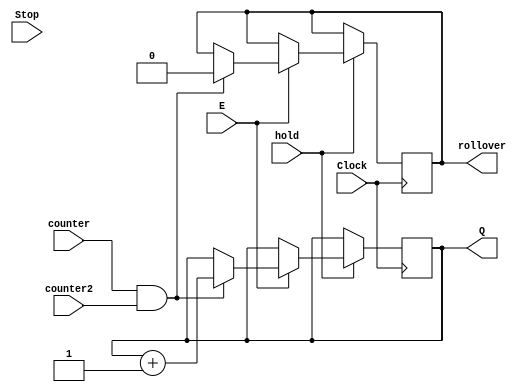
// 1st counter for seconds
module smaller_counter_seg3 (Clock, Stop, counter, counter2, E, Q, rollover, hold);
parameter n = 4;
parameter k = 20;

input E, Clock, Stop, counter, counter2, hold;

output [n-1:0] Q;
output rollover;

reg [n-1:0] Q;
reg rollover;

always @(posedge Clock) begin
	//if KEY0 is pressed, stop counter
	if (hold == 0) begin
		Q <= Q;
		//rollover <= 0;
	end
	else if (E == 1) begin
		// if HEX1 and HEX0 reaches 9, then increment
		if(counter == 1 && counter2 == 1) begin
			//if counter = 9, then reset counter to 0 and rollover back to 0
			if(Q == (k-1)) begin
				Q <= 0;
				rollover <= 0;
			end
			//if counter is 8, set rollover = 1 due to clock delay
			else if (Q == (k-2)) begin
			Q <= Q + 1;
			rollover <= 1;
			end
			//increment counter
			else begin
				Q <= Q + 1;
				rollover <= 0;
			end
		end
	end
end

endmodule